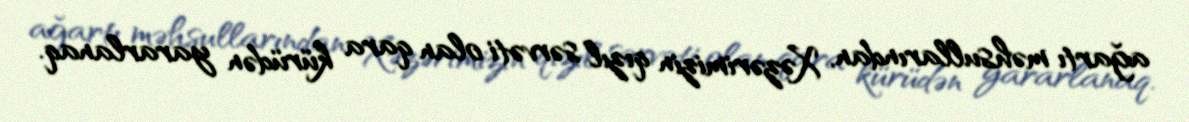
ağartı məhsullarından, Xəzərimizin qızıl sərvəti olan qara kürüdən yararlanaq.